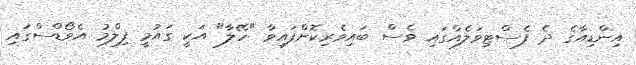
އިންޑިއާގެ ދެ ފެސްޓިވަލެއްގައި ވެސް ބައިވެރިކޮށްފައިވާ "ހޭލާ" އަކީ ގައުމީ ފިލްމު އެވޯޑްސްގައި